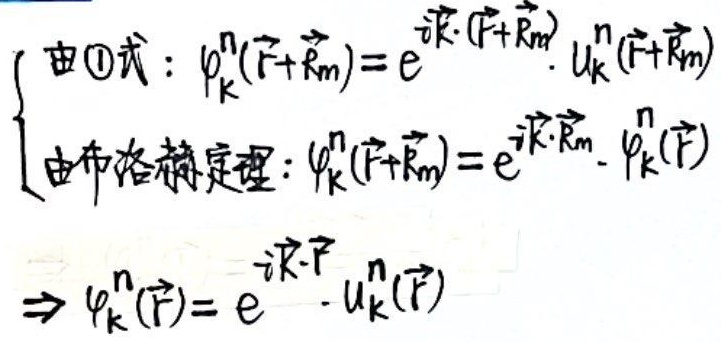
由\textcircled{1}式：
\[
\begin{cases}
\varphi_{\vec{k}}^{n}(\vec{r}+\vec{R}_{m}) = e^{i\vec{k}\cdot(\vec{r}+\vec{R}_{m})}\cdot u_{\vec{k}}^{n}(\vec{r}+\vec{R}_{m})\\
\text{由布洛赫定理}:\ \varphi_{\vec{k}}^{n}(\vec{r}+\vec{R}_{m}) = e^{i\vec{k}\cdot\vec{R}_{m}}\cdot\varphi_{\vec{k}}^{n}(\vec{r})
\end{cases}
\Rightarrow \varphi_{\vec{k}}^{n}(\vec{r}) = e^{-i\vec{k}\cdot\vec{r}}\cdot u_{\vec{k}}^{n}(\vec{r})
\]